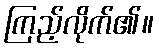
ကြည့်လိုက်၏။